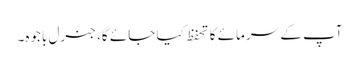
آپ کے سرمائے کا تحفظ کیا جائے گا، جنرل باجوہ۔